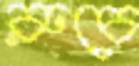
রুচে